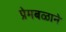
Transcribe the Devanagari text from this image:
प्रेमबळाने